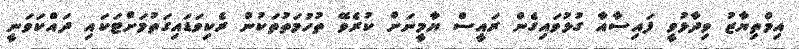
އިމްތިޔާޒު ވިދާޅުވީ ފައިސާއާ ގުޅުވައިގެން ރައީސް ޔާމީނަށް ކުރެވޭ ތުހުމަތުތަކުން ރެކިވަޑައިގަތުމަށްޓަކައި ދައްކަވަނީ